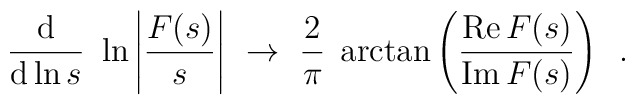
\frac{\mathrm{d}}{\mathrm{d} \ln s} \,\, \ln\left|\frac{F(s)}{s}\right| \,\, \rightarrow \,\,\frac{2}{\pi}\;\arctan\left( \frac{\mathrm{Re}\,F(s)}{\mathrm{Im}\,F(s)}\right) \,\,\, .